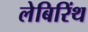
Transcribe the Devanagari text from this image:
लेबिरिंथ